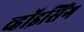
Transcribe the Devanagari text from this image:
व्हॉइसिंग